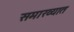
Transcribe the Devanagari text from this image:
समाख्यात